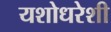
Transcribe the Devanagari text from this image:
यशोधरेशी